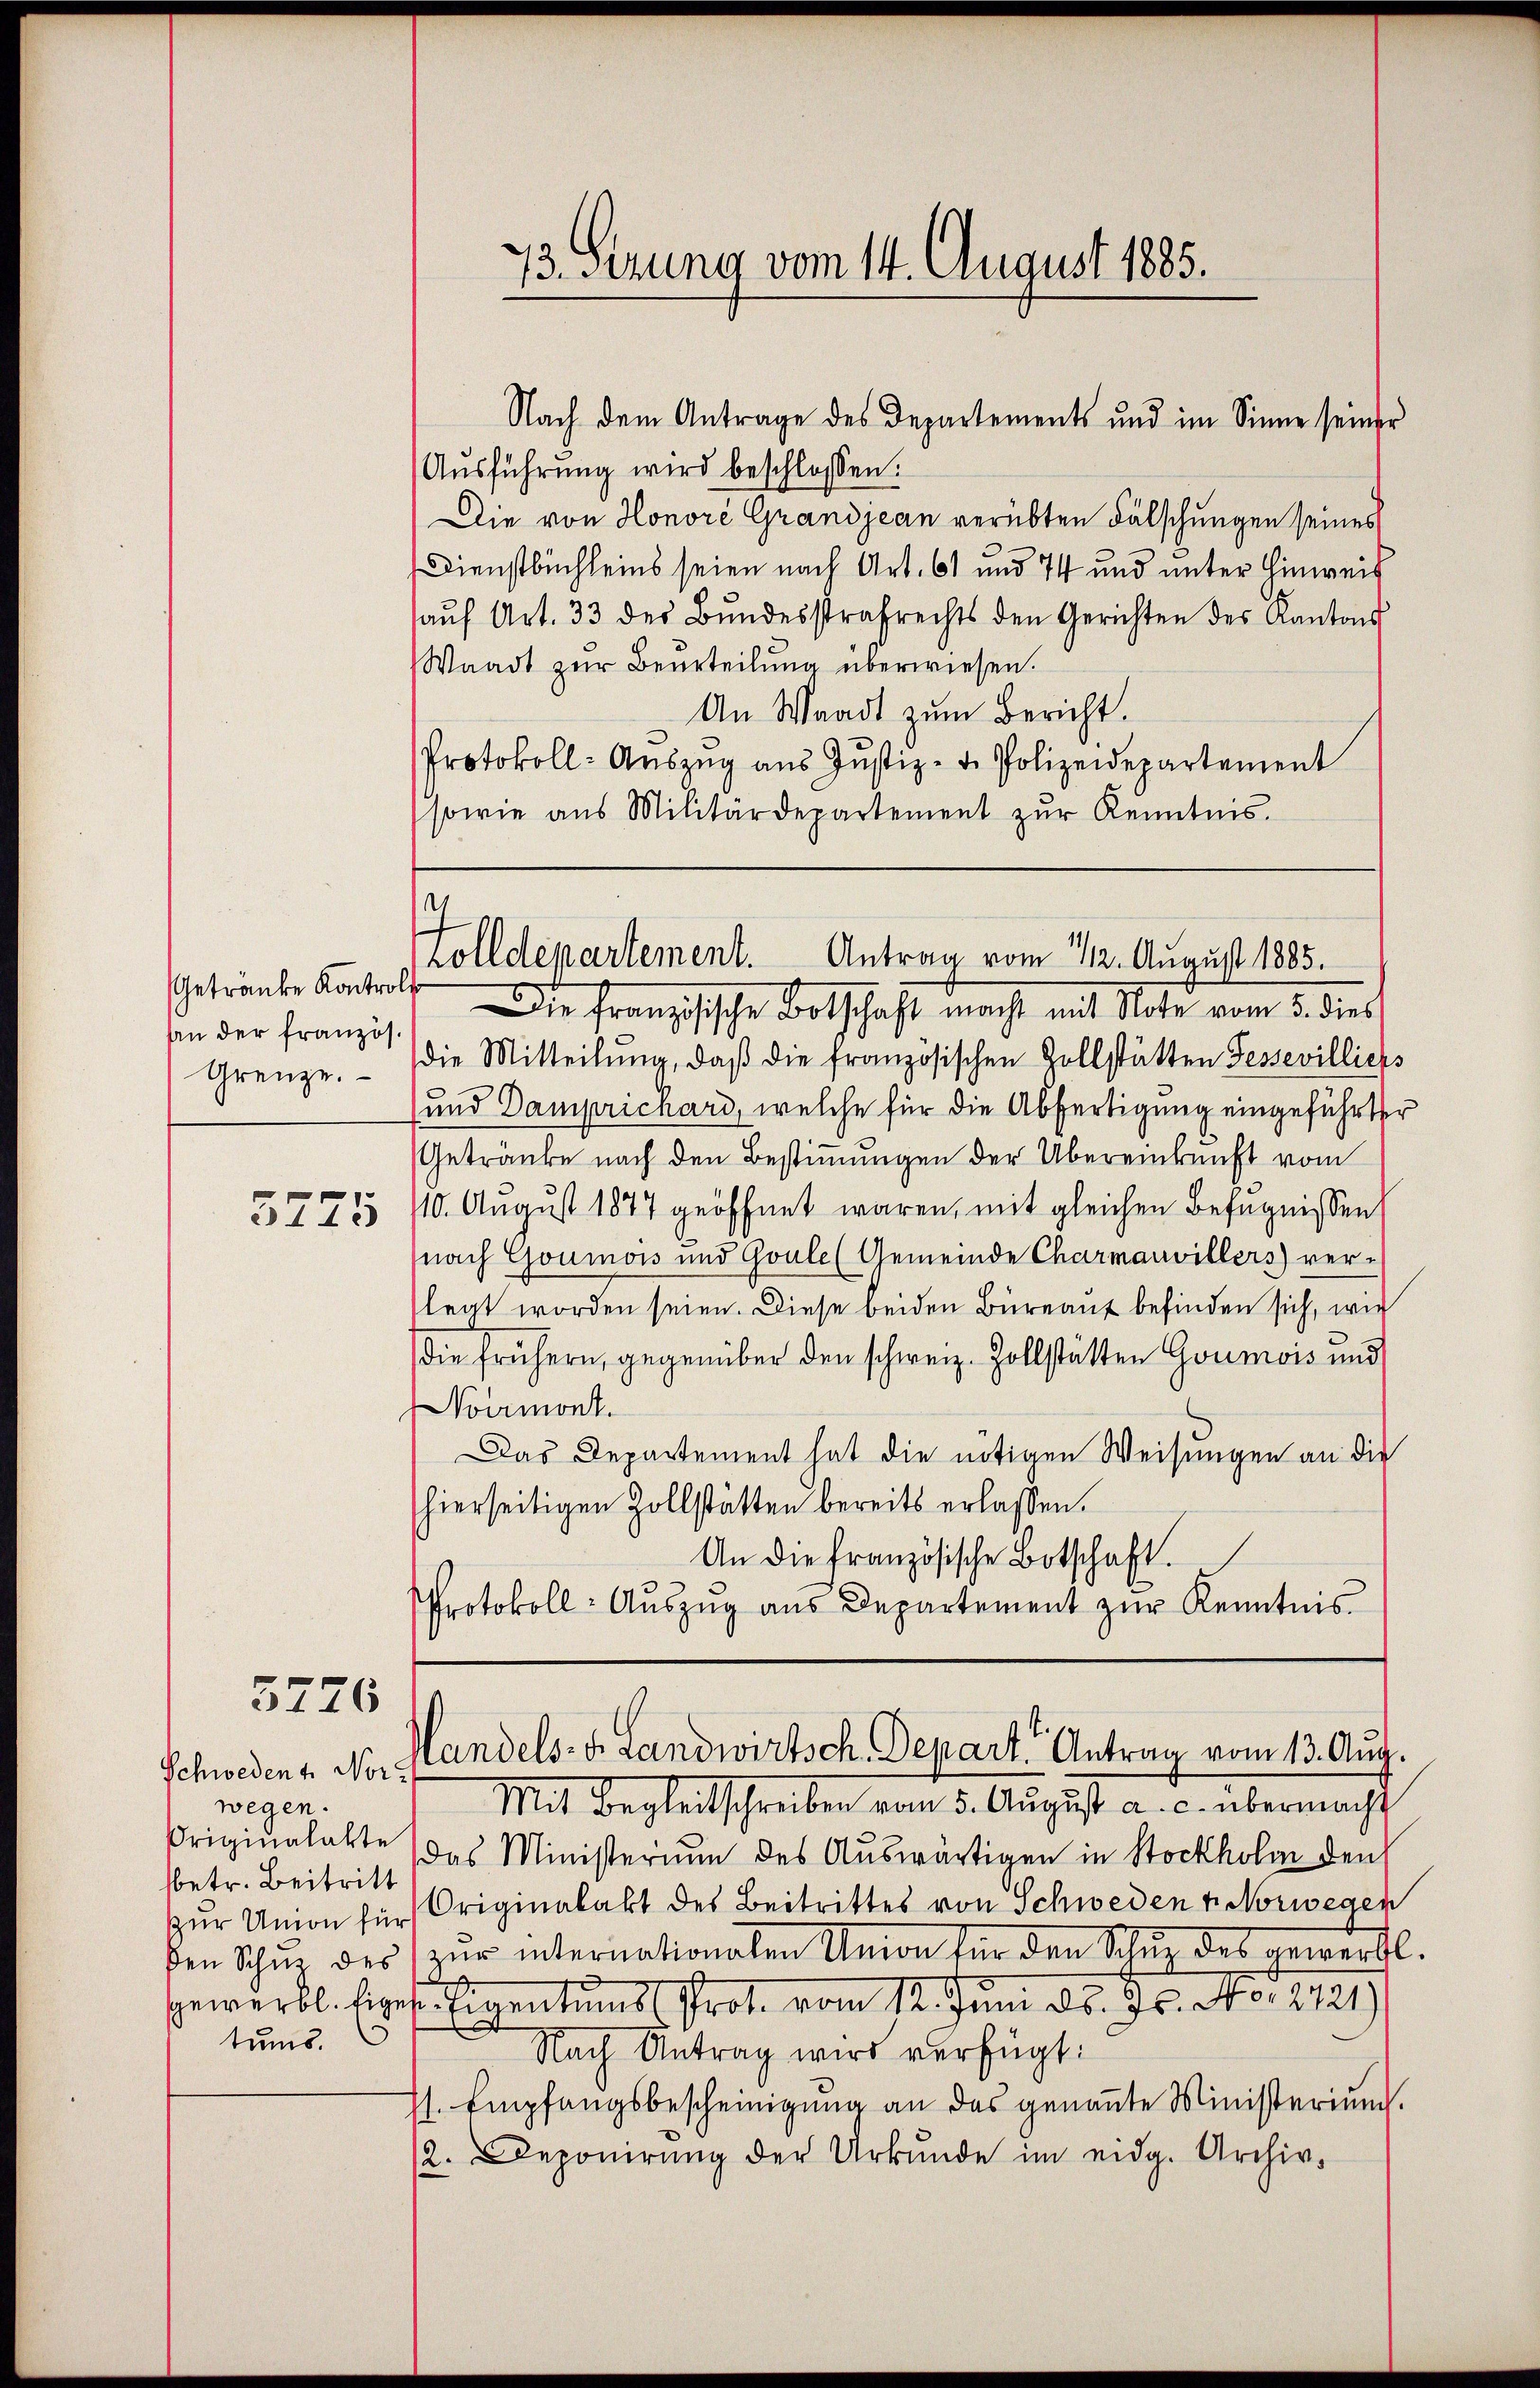
Getränke Kontroll
An der französ.
Grenze.

3775

5726

Schwedent. Nor
wegen.
betr. Beitritt
tums.

73. Sezung vom 14. August 1885.

Ausführung wird beschlossen:
Die von Honore Grandjean verübten Fälschungen seines
Dienstbuchleins seien nach Art. 61 und 74 und unter Hinweis
aŭf Art. 33 der Bŭndesstrafrechts den Gerichten des Kantons
Waadt zur Beurteilung überwiesen.
An Waadt zum Bericht.
Protokoll- Aŭszŭg aŭs Jŭstiz- u. Polizeidepartement
sowie aus Militärdepartement zŭr Kenntnis.
Die französische Botschaft macht mit Note vom 5. dies
die Mitteilŭng, daß die französischen Zollstätten Fessevilliers
und Damprichard, welche für die Abfertigung eingeführter
Getränke nach den Bestimmungen der Übereinkunft vom
110. August 1877 geöffnet waren, mit gleichen Befugnissen
nach Goumois und Goule (Gemeinde Charmauvillers) verlegt worden seien. Diese beiden Büreau befinden sich, wie
die frühern, gegenüber den schweiz. Zollstätten Goumois und
Noermont.
Das Departement hat die nötigen Weisungen an die
hierseitigen Zollstätten bereits erlaßen.
An die französische Botschaft.
Protokoll- Aŭszŭg aŭs Departement zŭr Kenntnis

Nach dem Antrage des Departements und im Sinne seiner

.
olldepartement. Antrag vom 12. August 1885.

Handels- u. Landwirtsch. Depart. Antrag vom 13. Aug.

Mit Begleitschreiben vom 5. August a. c. übermacht
Originalakte das Ministerium des Auswärtigen in Stockholm den
zur Union für Originalakt des Beitrittes von Schweden v. Norwegen
den Schŭr des zŭr internationalen Union für den Schŭz des gewerbl.
Gewerbl. Seges. Eigentums Prot. vom 12. Juni d. d. Js. w. sie er eine
Nach Antrag wird verfügt:
st. Empfangsbescheinigung an das genannte Ministerium.
12. Deponirŭng der Urkŭnde im eidg. Archiv,